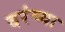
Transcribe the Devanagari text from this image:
वरंच्या